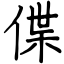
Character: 偞